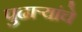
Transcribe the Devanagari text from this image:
पुढाऱ्यांचे